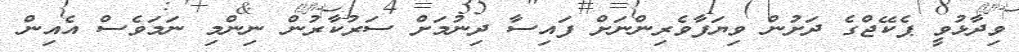
ވިދާޅުވީ ޕެކޭޖްގެ ދަށުން ވިޔަފާވެރިންނަށް ފައިސާ ދިނުމަށް ސަރުކާރުން ނިންމި ނަމަވެސް އެއިން